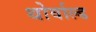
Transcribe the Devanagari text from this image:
थोर्वाल्ड